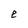
Character: e